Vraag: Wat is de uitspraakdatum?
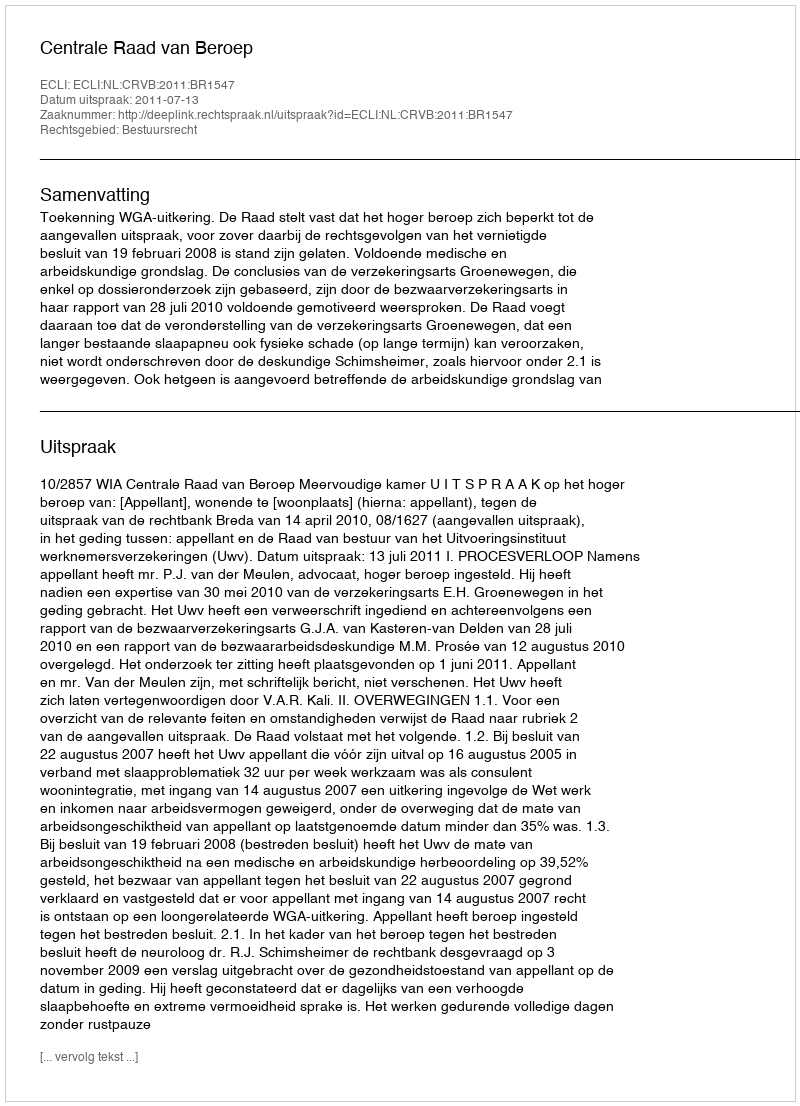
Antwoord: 2011-07-13